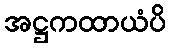
အဋ္ဌကထာယံပိ